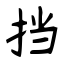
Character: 挡